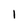
Character: 1